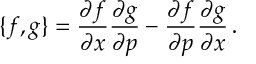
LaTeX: \{ f , g \} = \frac { \partial f } { \partial x } \frac { \partial g } { \partial p } - \frac { \partial f } { \partial p } \frac { \partial g } { \partial x } \, .